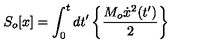
S _ { o } [ x ] = \int _ { 0 } ^ { t } { d t ^ { \prime } } \left\{ \frac { M _ { o } \dot { x } ^ { 2 } ( t ^ { \prime } ) } { 2 } \right\}